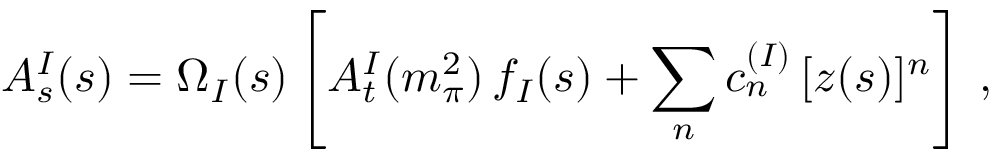
A _ { s } ^ { I } ( s ) = \Omega _ { I } ( s ) \left[ A _ { t } ^ { I } ( m _ { \pi } ^ { 2 } ) \, f _ { I } ( s ) + \sum _ { n } c _ { n } ^ { ( I ) } \, [ z ( s ) ] ^ { n } \right] \, ,